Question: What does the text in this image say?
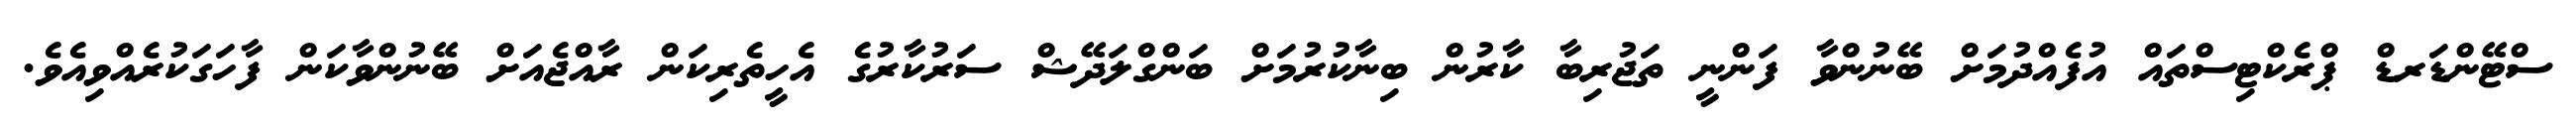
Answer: ސްޓޭންޑަރޑް ޕްރެކްޓިސްތައް އުފެއްދުމަށް ބޭނުންވާ ފަންނީ ތަޖުރިބާ ކާރުން ބިނާކުރުމަށް ބަންގްލަދޭޝް ސަރުކާރުގެ އެހީތެރިކަން ރާއްޖެއަށް ބޭނުންވާކަން ފާހަގަކުރެއްވިއެވެ.